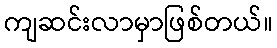
ကျဆင်းလာမှာဖြစ်တယ်။